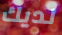
لديك